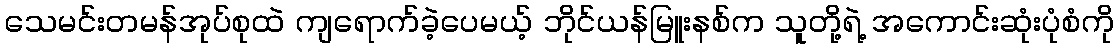
သေမင်းတမန်အုပ်စုထဲ ကျရောက်ခဲ့ပေမယ့် ဘိုင်ယန်မြူးနစ်က သူတို့ရဲ့ အကောင်းဆုံးပုံစံကို